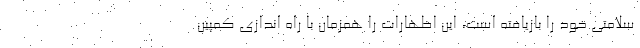
سلامتی خود را بازیافته است، این اظهارات را همزمان با راه اندازی کمپین